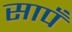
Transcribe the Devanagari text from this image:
सापँ